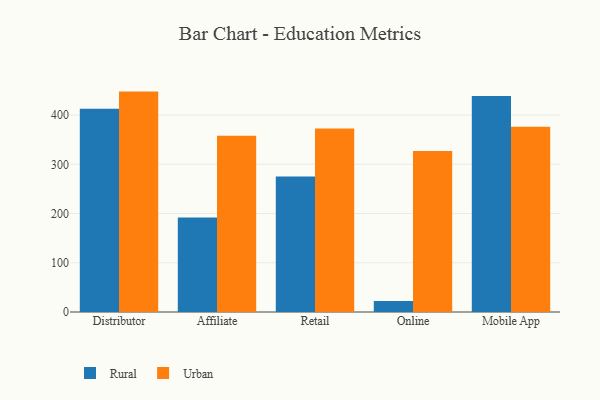
{"axis": {"x": "Channel", "y": "Customer Acquisition Cost (USD)"}, "legend": ["Rural", "Urban"], "data": [{"x": "Distributor", "y": 412.7, "type": "Rural"}, {"x": "Distributor", "y": 447.7, "type": "Urban"}, {"x": "Affiliate", "y": 191.8, "type": "Rural"}, {"x": "Affiliate", "y": 357.8, "type": "Urban"}, {"x": "Retail", "y": 275.1, "type": "Rural"}, {"x": "Retail", "y": 372.6, "type": "Urban"}, {"x": "Online", "y": 22.5, "type": "Rural"}, {"x": "Online", "y": 327.1, "type": "Urban"}, {"x": "Mobile App", "y": 439.0, "type": "Rural"}, {"x": "Mobile App", "y": 376.3, "type": "Urban"}]}